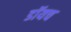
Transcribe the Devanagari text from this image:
डॉयच